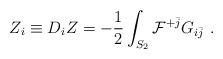
LaTeX: \begin{align*}Z_i \equiv D_i Z = -{1\over 2} \int_{S_2} {\cal F}^{+\bar j} G_{i\bar j}\ . \end{align*}